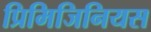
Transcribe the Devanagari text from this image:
प्रिमिजिनियस